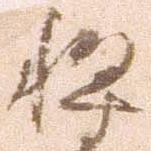
将